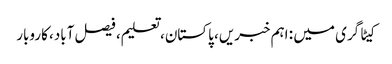
کیٹاگری میں : اہم خبریں، پاکستان، تعلیم، فیصل آباد، کاروبار